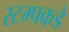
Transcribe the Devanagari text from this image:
स्टम्पकडे